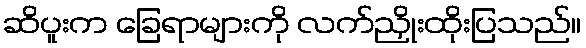
ဆိပူးက ခြေရာများကို လက်ညှိုးထိုးပြသည်။